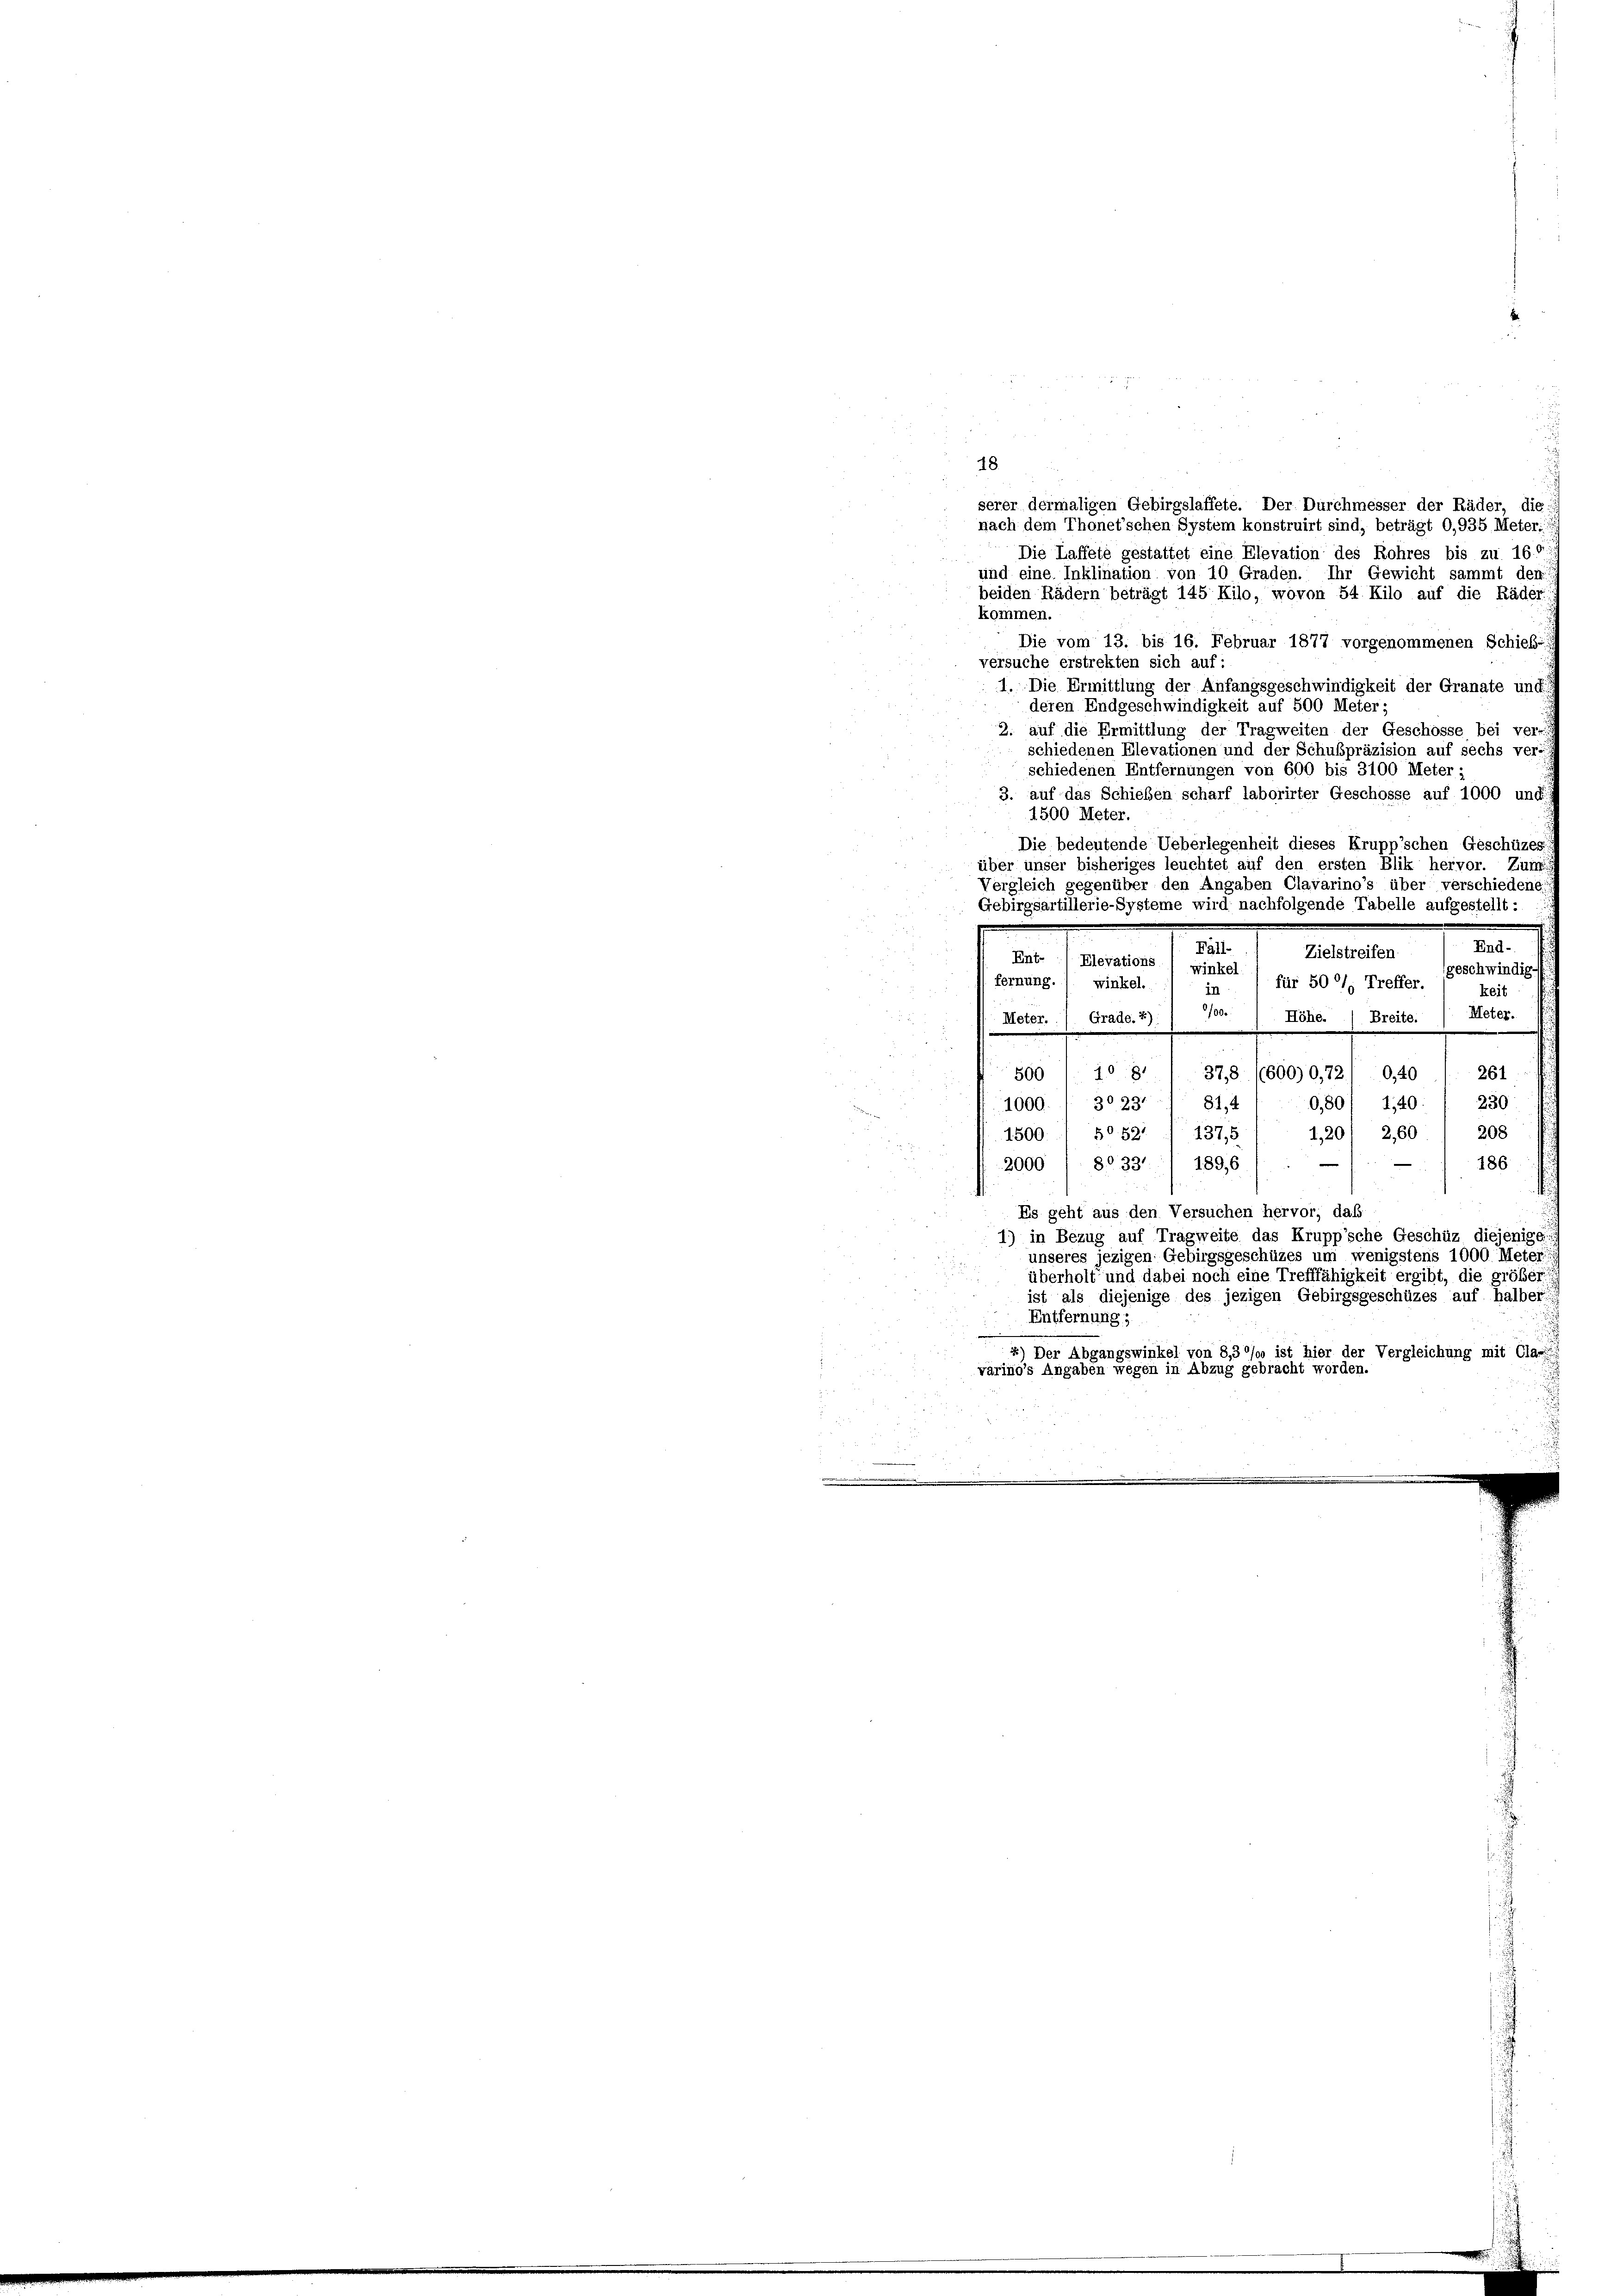
18.
serer dermaligen Gebirgslaffete. Der Durchmesser der Räder, die
nach dem Thonet’schen System konstruirt sind, beträgt 0,935 Meter-
Die Laffete gestattet eine Elevation des Rohres bis zu 16.
und eine Inklination von 10 Graden. Ihr Gewicht sammt den
beiden Rädern beträgt 145 Kilo, wovon 54 Kilo auf die Räder
kommen.
Die vom 13. bis 16. Februar 1877 vorgenommenen Schieß
versuche erstrekten sich auf:
1. Die Ermittlung der Anfangsgeschwindigkeit der Granate und
deren Endgeschwindigkeit auf 500 Meter;
2. auf die Ermittlung der Tragweiten der Geschosse bei ver
schiedenen Elevationen und der Schulpräzision auf sechs ver-
schiedenen Entfernungen von 600 bis 3100 Meter:
3. auf das Schieben scharf laborirter Geschosse auf 1000 und
1500 Meter.
Die bedeutende Ueberlegenheit dieses Krupp’schen Geschüzes
über unser bisheriges leuchtet auf den ersten Blik hervor. Zum
Vergleich gegenüber den Angaben Clavarino’s über verschiedene
Gebirgsartillerie-Systeme wird nachfolgende Tabelle aufgestellt:
End-
Fäll-
Zielstreifen.
Ent-
Elevations
winkel.
geschwindig.
für 50 l. Treffer.
fernung.
winkel.
in
keit
Meter.
/00./ Höhe. / Breite.
Meter. Grade.2)
560 " 109. 378 16600) 0,72/ 0,40 / 261
1000. / 302371 81,4
0,80/ 140. / 230
1,20/ 260. 1 208
1500. 1 5052 / 137,5
186
2000 / 803311 1896
Es geht aus den Versuchen hervor, daß
1) in Bezug auf Tragweite das Krupp’sche Geschüz diejenige
unseres jezigen Gebirgsgeschüzes um wenigstens 1000. Meter:
überholt und dabei noch eine Trefffähigkeit ergibt, die größer
ist als diejenige des jezigen Gebirgsgeschüzes auf halber
Entfernung;
) Der Abgangswinkel von 8,3 °/o ist hier der Vergleichung mit Clas
värino’s Angaben wegen in Abzug gebracht worden.